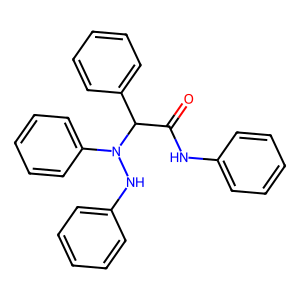
SMILES: O=C(Nc1ccccc1)C(c1ccccc1)N(Nc1ccccc1)c1ccccc1
Inhibits HIV replication: No